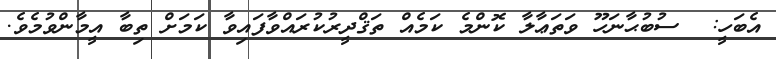
އެބަހީ:  ސުބުޙާނަހޫ ވަތަޢާލާ ކޮންމެ ކަމެއް ތަޤްދީރުކުރައްވާފައިވާ ކަމަށް ތިބާ އީމާންވުމެވެ.